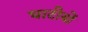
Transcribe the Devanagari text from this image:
घाटीयोँ